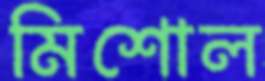
মিশোল